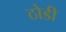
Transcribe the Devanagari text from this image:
ठोडी